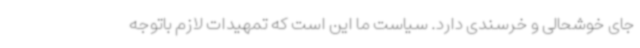
جای خوشحالی و خرسندی دارد. سیاست ما این است که تمهیدات لازم باتوجه